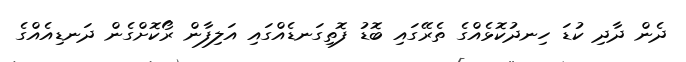
ދެން ދާދި ކުޑަ ހިނދުކޮޅެއްގެ ތެރޭގައި ބޮޑު ފޮތިގަނޑެއްގައި އަލިފާން ރޯކޮށްގެން ދަނޑިއެއްގެ